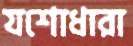
যশোধারা